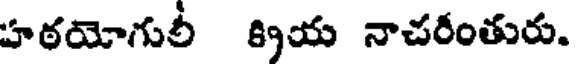
హఠయోగులీ క్రియ నాచరంతురు.